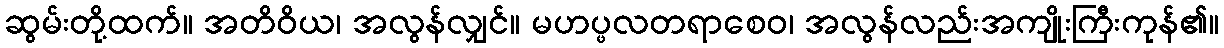
ဆွမ်းတို့ထက်။ အတိဝိယ၊ အလွန်လျှင်။ မဟပ္ဖလတရာစေဝ၊ အလွန်လည်းအကျိုးကြီးကုန်၏။